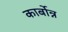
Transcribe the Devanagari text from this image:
कार्बोन्न